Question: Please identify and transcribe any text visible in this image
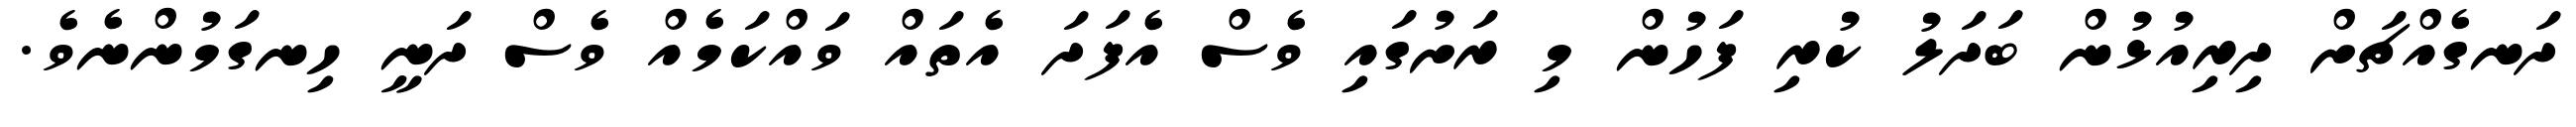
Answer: ދަނގެއްޗަށް ދިރިއުޅުން ބަދަލު ކުރި ފަހުން މި ރަށުގައި ވެސް އެފަދަ އެތައް ވައްކަމެއް ވެސް ދަނީ ހިނގަމުންނެވެ.